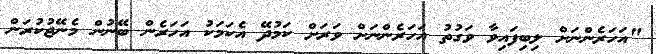
"އަހަރެންނަށް ލިބިފައިވާ ވަގުތު އަހަރެންނަށް ވަރަށް ކަމުދޭ އެކަމަކު އަހަރެން ބޭނުން މެނޭޖުކުރަން